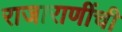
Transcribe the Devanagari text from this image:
राजाराणींची